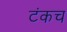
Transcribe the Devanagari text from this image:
टंकच